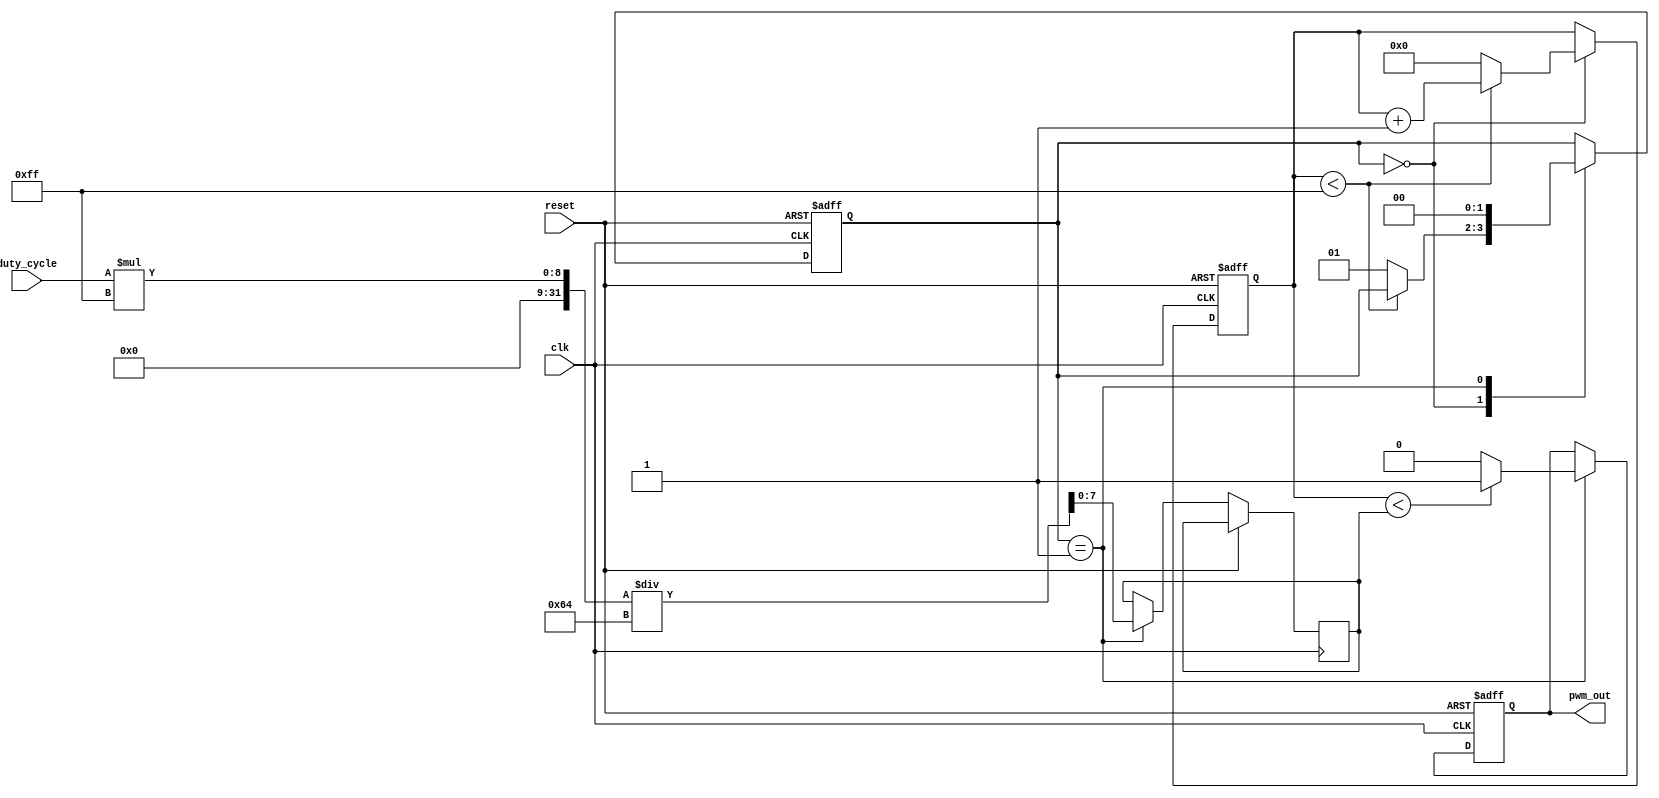
module PWM_Timer (
    input wire clk,
    input wire reset,
    input wire duty_cycle,
    output reg pwm_out
);

reg [7:0] counter;
reg [7:0] compare_value;
reg [1:0] pwm_state;

parameter PWM_PERIOD = 255;

always @ (posedge clk or posedge reset) begin
    if (reset) begin
        counter <= 8'b0;
        pwm_out <= 1'b0;
        pwm_state <= 2'b00;
    end else begin
        case (pwm_state)
            2'b00: begin
                if (counter < PWM_PERIOD) begin
                    counter <= counter + 1;
                end else begin
                    counter <= 8'b0;
                    pwm_state <= 2'b01;
                end
            end
            2'b01: begin
                compare_value <= (duty_cycle * PWM_PERIOD) / 100;
                if (counter < compare_value) begin
                    pwm_out <= 1'b1;
                end else begin
                    pwm_out <= 1'b0;
                end
                pwm_state <= 2'b00;
            end
        endcase
    end
end

endmodule